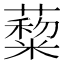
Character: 𦿺